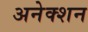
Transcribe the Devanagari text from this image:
अनेक्शन